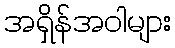
အရှိန်အဝါများ